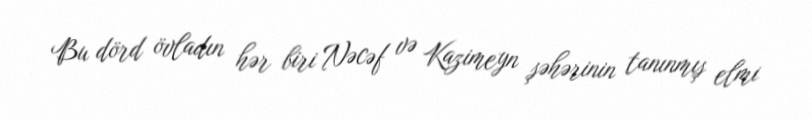
Bu dörd övladın hər biri Nəcəf və Kazimeyn şəhərinin tanınmış elmi